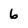
Character: 6